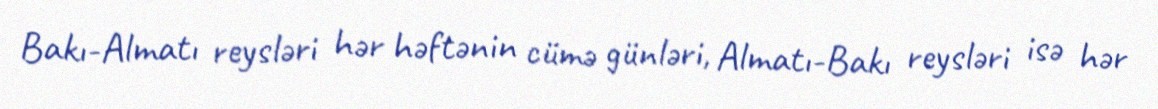
Bakı-Almatı reysləri hər həftənin cümə günləri, Almatı-Bakı reysləri isə hər